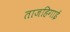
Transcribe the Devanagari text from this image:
ताजहिगाई